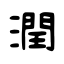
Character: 潤